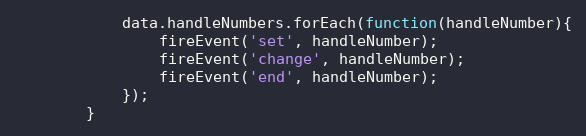
Language: JavaScript
            data.handleNumbers.forEach(function(handleNumber){
                fireEvent('set', handleNumber);
                fireEvent('change', handleNumber);
                fireEvent('end', handleNumber);
            });
        }